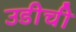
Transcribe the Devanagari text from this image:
उडीची